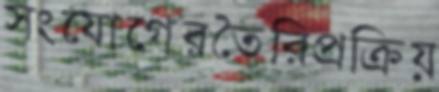
সংযোগেরতৈরিপ্রক্রিয়